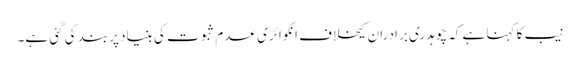
نیب کا کہنا ہے کہ چوہدری برادران کیخلاف انکوائری عدم ثبوت کی بنیاد پربند کی گئی ہے۔